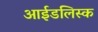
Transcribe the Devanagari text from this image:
आईडलिस्क